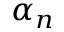
\alpha _ { n }